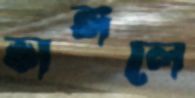
ভাঙ্গলে